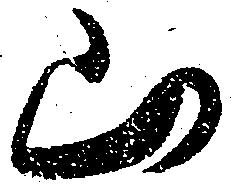
山